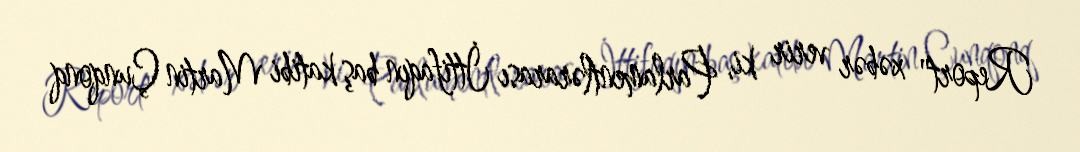
Report" xəbər verir ki, Parlamentlərarası İttifaqın baş katibi Martin Çunqonq